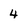
Character: 4